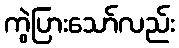
ကွဲပြားသော်လည်း